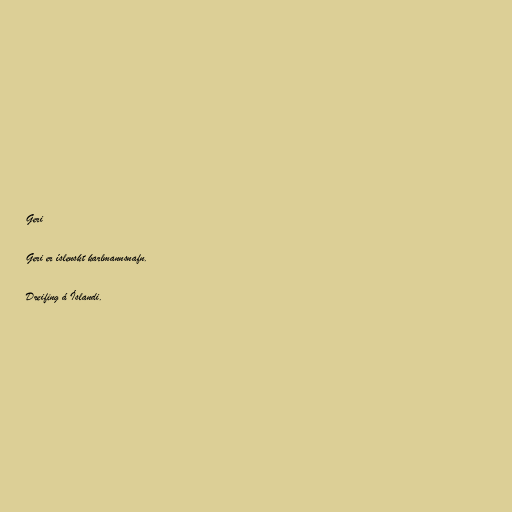
Geri

Geri er íslenskt karlmannsnafn.

Dreifing á Íslandi.